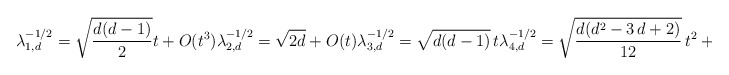
\begin{align*}\lambda_{1,d}^{-1/2} = \sqrt{\frac{d(d-1)}{2}}t + O(t^3) \lambda_{2,d}^{-1/2} = \sqrt{2d} + O(t) \lambda_{3,d}^{-1/2} = \sqrt{d(d-1)} \, t \lambda_{4,d}^{-1/2} = \sqrt{{\frac {d({d}^{2}-3\,d+2)}{12 }}} \, t^2 + O(t^3).\end{align*}